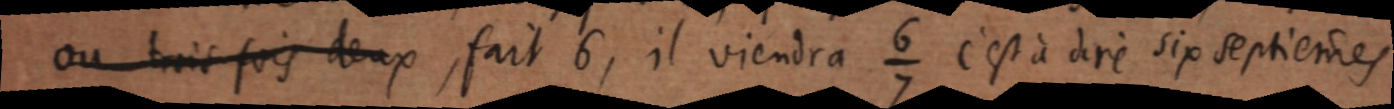
ou trois fois deux fait 6, il viendra ⁶⁄₇ c’est à dire six septiemes